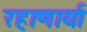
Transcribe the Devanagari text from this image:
रहाणार्या